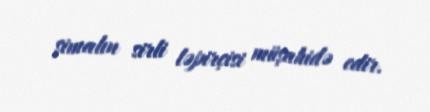
şimalın sirli ləpirçisi müşahidə edir.